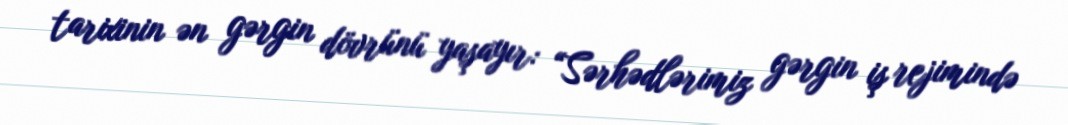
tarixinin ən gərgin dövrünü yaşayır: “Sərhədlərimiz gərgin iş rejimində